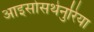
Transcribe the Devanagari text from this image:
आइसोसथेनुरिया